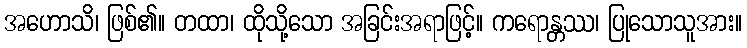
အဟောသိ၊ ဖြစ်၏။ တထာ၊ ထိုသို့သော အခြင်းအရာဖြင့်။ ကရောန္တဿ၊ ပြုသောသူအား။